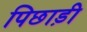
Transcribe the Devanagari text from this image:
पिछाड़ी